Civil Veterinary Department. Madras. Admin. report 1926-33 - 1926-1933
Year: 1926
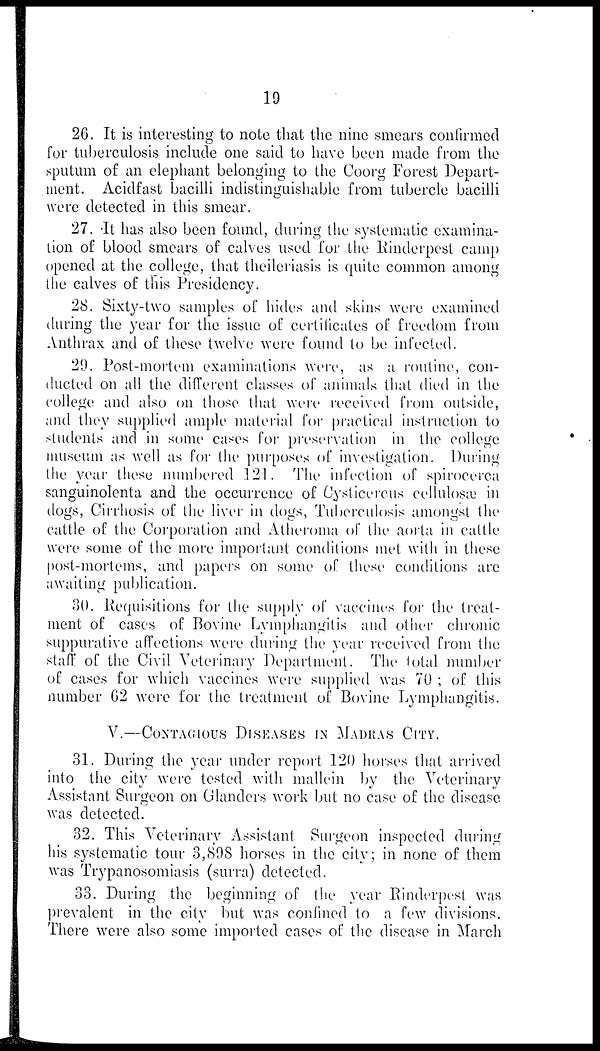
19
26. It is interesting to note that the nine smears confirmed
for tuberculosis include one said to have been made from the
sputum of an elephant belonging to the Coorg Forest Depart-
ment. Acidfast bacilli indistinguishable from tubercle bacilli
were detected in this smear.
27. It has also been found, during the systematic examina-
tion of blood smears of calves used for the Rinderpest camp
opened at the college, that theileriasis is quite common among
the calves of this Presidency.
28. Sixty-two samples of hides and skins were examined
during the year for the issue of certificates of freedom from
Anthrax and of these twelve were found to be infected.
29. Post-mortem examinations were, as a routine, con-
ducted on all the different classes of animals that died in the
college and also on those that were received from outside,
and they supplied ample material for practical instruction to
students and in some cases for preservation in the college
museum as well as for the purposes of investigation. During
the year these numbered 121. The infection of spirocerca
sanguinolenta and the occurrence of Cysticercus cellulosæ in
dogs, Cirrhosis of the liver in dogs, Tuberculosis amongst the
cattle of the Corporation and Atheroma of the aorta in cattle
were some of the more important conditions met with in these
post-mortems, and papers on some of these conditions are
awaiting publication.
30. Requisitions for the supply of vaccines for the treat-
ment of cases of Bovine Lymphangitis and other chronic
suppurative affections were during the year received from the
staff of the Civil Veterinary Department. The total number
of cases for which vaccines were supplied was 70 ; of this
number 62 were for the treatment of Bovine Lymphangitis.
V.—CONTAGIOUS DISEASES IN MADRAS CITY.
31. During the year under report 120 horses that arrived
into the city were tested with mallein by the Veterinary
Assistant Surgeon on Glanders work but no case of the disease
was detected.
32. This Veterinary Assistant Surgeon inspected during
his systematic tour 3,898 horses in the city; in none of them
was Trypanosomiasis (surra) detected.
33. During the beginning of the year Rinderpest was
prevalent in the city but was confined to a few divisions.
There were also some imported cases of the disease in March